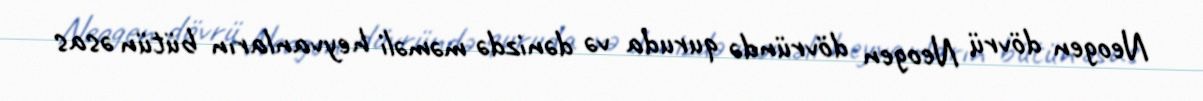
Neogen dövrü Neogen dövründə quruda və dənizdə məməli heyvanların bütün əsas